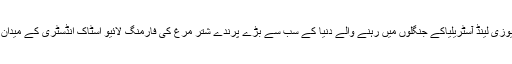
صدیوں سے جنوبی افریقہ ،جنوبی امریکا ،نیوزی لینڈ آسٹریلیاکے جنگلوں میں رہنے والے دنیا کے سب سے بڑے پرندے شتر مرغ کی فارمنگ لائیو اسٹاک انڈسٹری کے میدان میں سب سے زیادہ آمدنی والی فارمنگ ہے۔